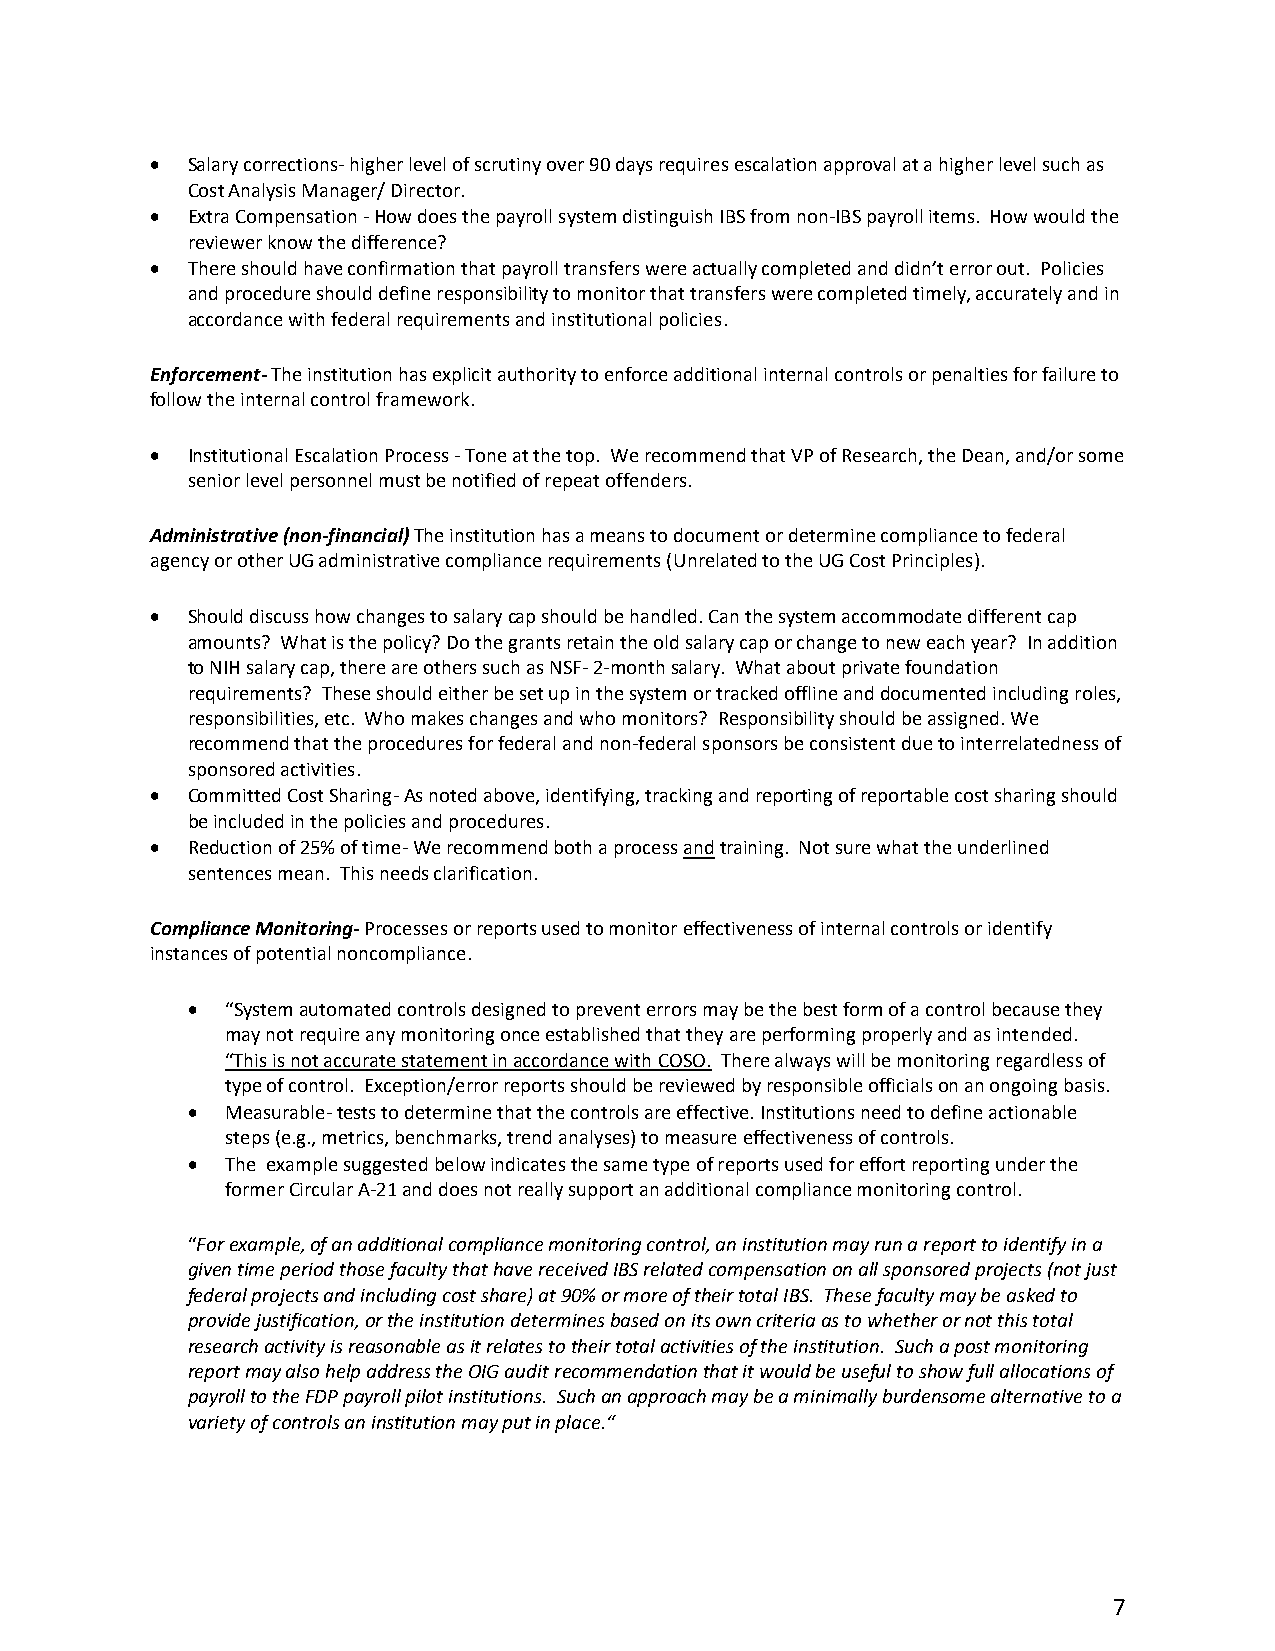
• Salary corrections- higher level of scrutiny over 90 days requires escalation approval at a higher level such as
 Cost Analysis Manager/ Director.
 • Extra Compensation - How does the payroll system distinguish IBS from non-IBS payroll items. How would the
 reviewer know the difference?
 • There should have confirmation that payroll transfers were actually completed and didn’t error out. Policies
 and procedure should define responsibility to monitor that transfers were completed timely, accurately and in
 accordance with federal requirements and institutional policies.
 Enforcement- The institution has explicit authority to enforce additional internal controls or penalties for failure to
 follow the internal control framework.
 • Institutional Escalation Process - Tone at the top. We recommend that VP of Research, the Dean, and/or some
 senior level personnel must be notified of repeat offenders.
 Administrative (non-financial) The institution has a means to document or determine compliance to federal
 agency or other UG administrative compliance requirements (Unrelated to the UG Cost Principles).
 • Should discuss how changes to salary cap should be handled. Can the system accommodate different cap
 amounts? What is the policy? Do the grants retain the old salary cap or change to new each year? In addition
 to NIH salary cap, there are others such as NSF- 2-month salary. What about private foundation
 requirements? These should either be set up in the system or tracked offline and documented including roles,
 responsibilities, etc. Who makes changes and who monitors? Responsibility should be assigned. We
 recommend that the procedures for federal and non-federal sponsors be consistent due to interrelatedness of
 sponsored activities.
 • Committed Cost Sharing- As noted above, identifying, tracking and reporting of reportable cost sharing should
 be included in the policies and procedures.
 • Reduction of 25% of time- We recommend both a process and training. Not sure what the underlined
 sentences mean. This needs clarification.
 Compliance Monitoring- Processes or reports used to monitor effectiveness of internal controls or identify
 instances of potential noncompliance.
 •  “System automated controls designed to prevent errors may be the best form of a control because they
 may not require any monitoring once established that they are performing properly and as intended.
 “This is not accurate statement in accordance with COSO. There always will be monitoring regardless of
 type of control. Exception/error reports should be reviewed by responsible officials on an ongoing basis.
 •  Measurable- tests to determine that the controls are effective. Institutions need to define actionable
 steps (e.g., metrics, benchmarks, trend analyses) to measure effectiveness of controls.
 •  The example suggested below indicates the same type of reports used for effort reporting under the
 former Circular A-21 and does not really support an additional compliance monitoring control.
 “For example, of an additional compliance monitoring control, an institution may run a report to identify in a
 given time period those faculty that have received IBS related compensation on all sponsored projects (not just
 federal projects and including cost share) at 90% or more of their total IBS. These faculty may be asked to
 provide justification, or the institution determines based on its own criteria as to whether or not this total
 research activity is reasonable as it relates to their total activities of the institution. Such a post monitoring
 report may also help address the OIG audit recommendation that it would be useful to show full allocations of
 payroll to the FDP payroll pilot institutions. Such an approach may be a minimally burdensome alternative to a
 variety of controls an institution may put in place.“
 7